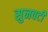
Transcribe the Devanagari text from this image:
सुनवटी